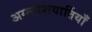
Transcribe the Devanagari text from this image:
अग्न्याशयार्तियाँ